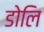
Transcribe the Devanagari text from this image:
डोलि